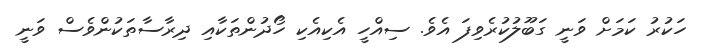
ހަކުރު ކަމަށް ވަނީ ގަބޫލުކުރެވިފަ އެވެ. ސިއްހީ އެކިއެކި ހޯދުންތަކާއި ދިރާސާތަކުންވެސް ވަނީ